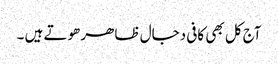
آج کل بھی کافی دجال ظاھر ھوتے ہیں ۔